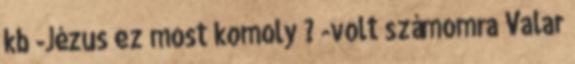
kb -Jézus ez most komoly ? -volt számomra Valar